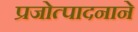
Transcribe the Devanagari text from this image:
प्रजोत्पादनाने